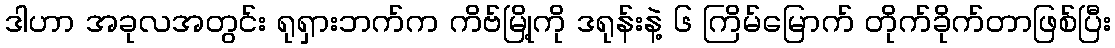
ဒါဟာ အခုလအတွင်း ရုရှားဘက်က ကိဗ်မြို့ကို ဒရုန်းနဲ့ ၆ ကြိမ်မြောက် တိုက်ခိုက်တာဖြစ်ပြီး